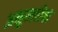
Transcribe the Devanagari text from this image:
अनुम्लोचा